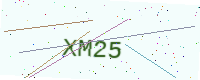
Text: XM25